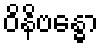
ဝိနိဗန္ဓော